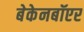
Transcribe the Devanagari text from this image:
बेकेनबॉएर